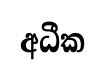
අධීක